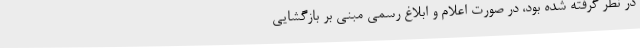
در نظر گرفته شده بود، در صورت اعلام و ابلاغ رسمی مبنی بر بازگشایی